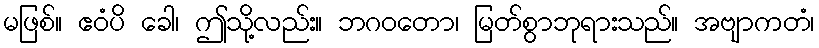
မဖြစ်။ ဧဝံပိ ခေါ၊ ဤသို့လည်း။ ဘဂဝတော၊ မြတ်စွာဘုရားသည်။ အဗျာကတံ၊